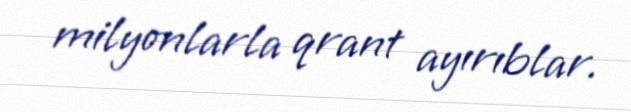
milyonlarla qrant ayırıblar.